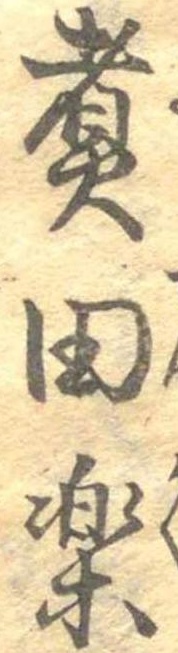
煮田楽